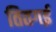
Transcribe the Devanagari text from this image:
तितगई